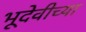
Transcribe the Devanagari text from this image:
भूदेवीच्या